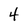
Character: 4